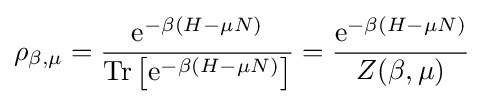
\rho _{\beta ,\mu }={\frac {\mathrm {e} ^{-\beta \left(H-\mu N\right)}}{\mathrm {Tr} \left[\mathrm {e} ^{-\beta \left(H-\mu N\right)}\right]}}={\frac {\mathrm {e} ^{-\beta \left(H-\mu N\right)}}{Z(\beta ,\mu )}}